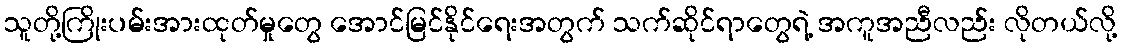
သူတို့ကြိုးပမ်းအားထုတ်မှုတွေ အောင်မြင်နိုင်ရေးအတွက် သက်ဆိုင်ရာတွေရဲ့ အကူအညီလည်း လိုတယ်လို့